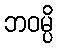
ဘဝမ္ပိ